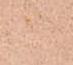
御